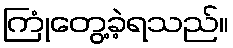
ကြုံတွေ့ခဲ့ရသည်။